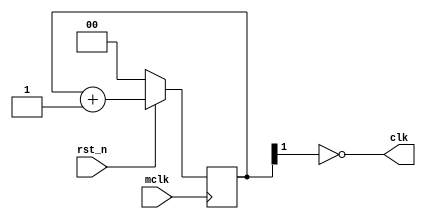
module divider(mclk, rst_n, clk);
	input mclk;
	input rst_n;
	output clk;
	reg [1:0] cnt;

	always @(posedge mclk) begin
		if(!rst_n) begin
			cnt <= 2'b0;
		end else begin
			cnt <= cnt + 2'b1;
		end
	end

	assign clk = ~cnt[1];
endmodule